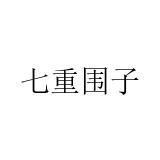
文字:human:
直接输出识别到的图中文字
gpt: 七重围子